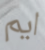
ايم